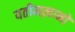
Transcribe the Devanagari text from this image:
यतीमख़ानों